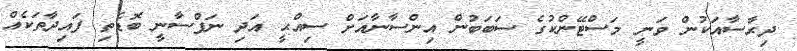
ދިރާސާއަކުން ވަނީ މަސްޓޭންކުގެ ސަބަބުން އިންސާނާއަށް ސިއްޙީ އަދި ނަފްސާނީ ބޮޑެތި ފައިދާތަކެއް